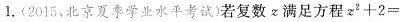
l.(2015，北京夏季学业水平考试)若复数满足方程z^{2}+2=